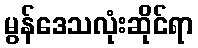
မွန်ဒေသလုံးဆိုင်ရာ